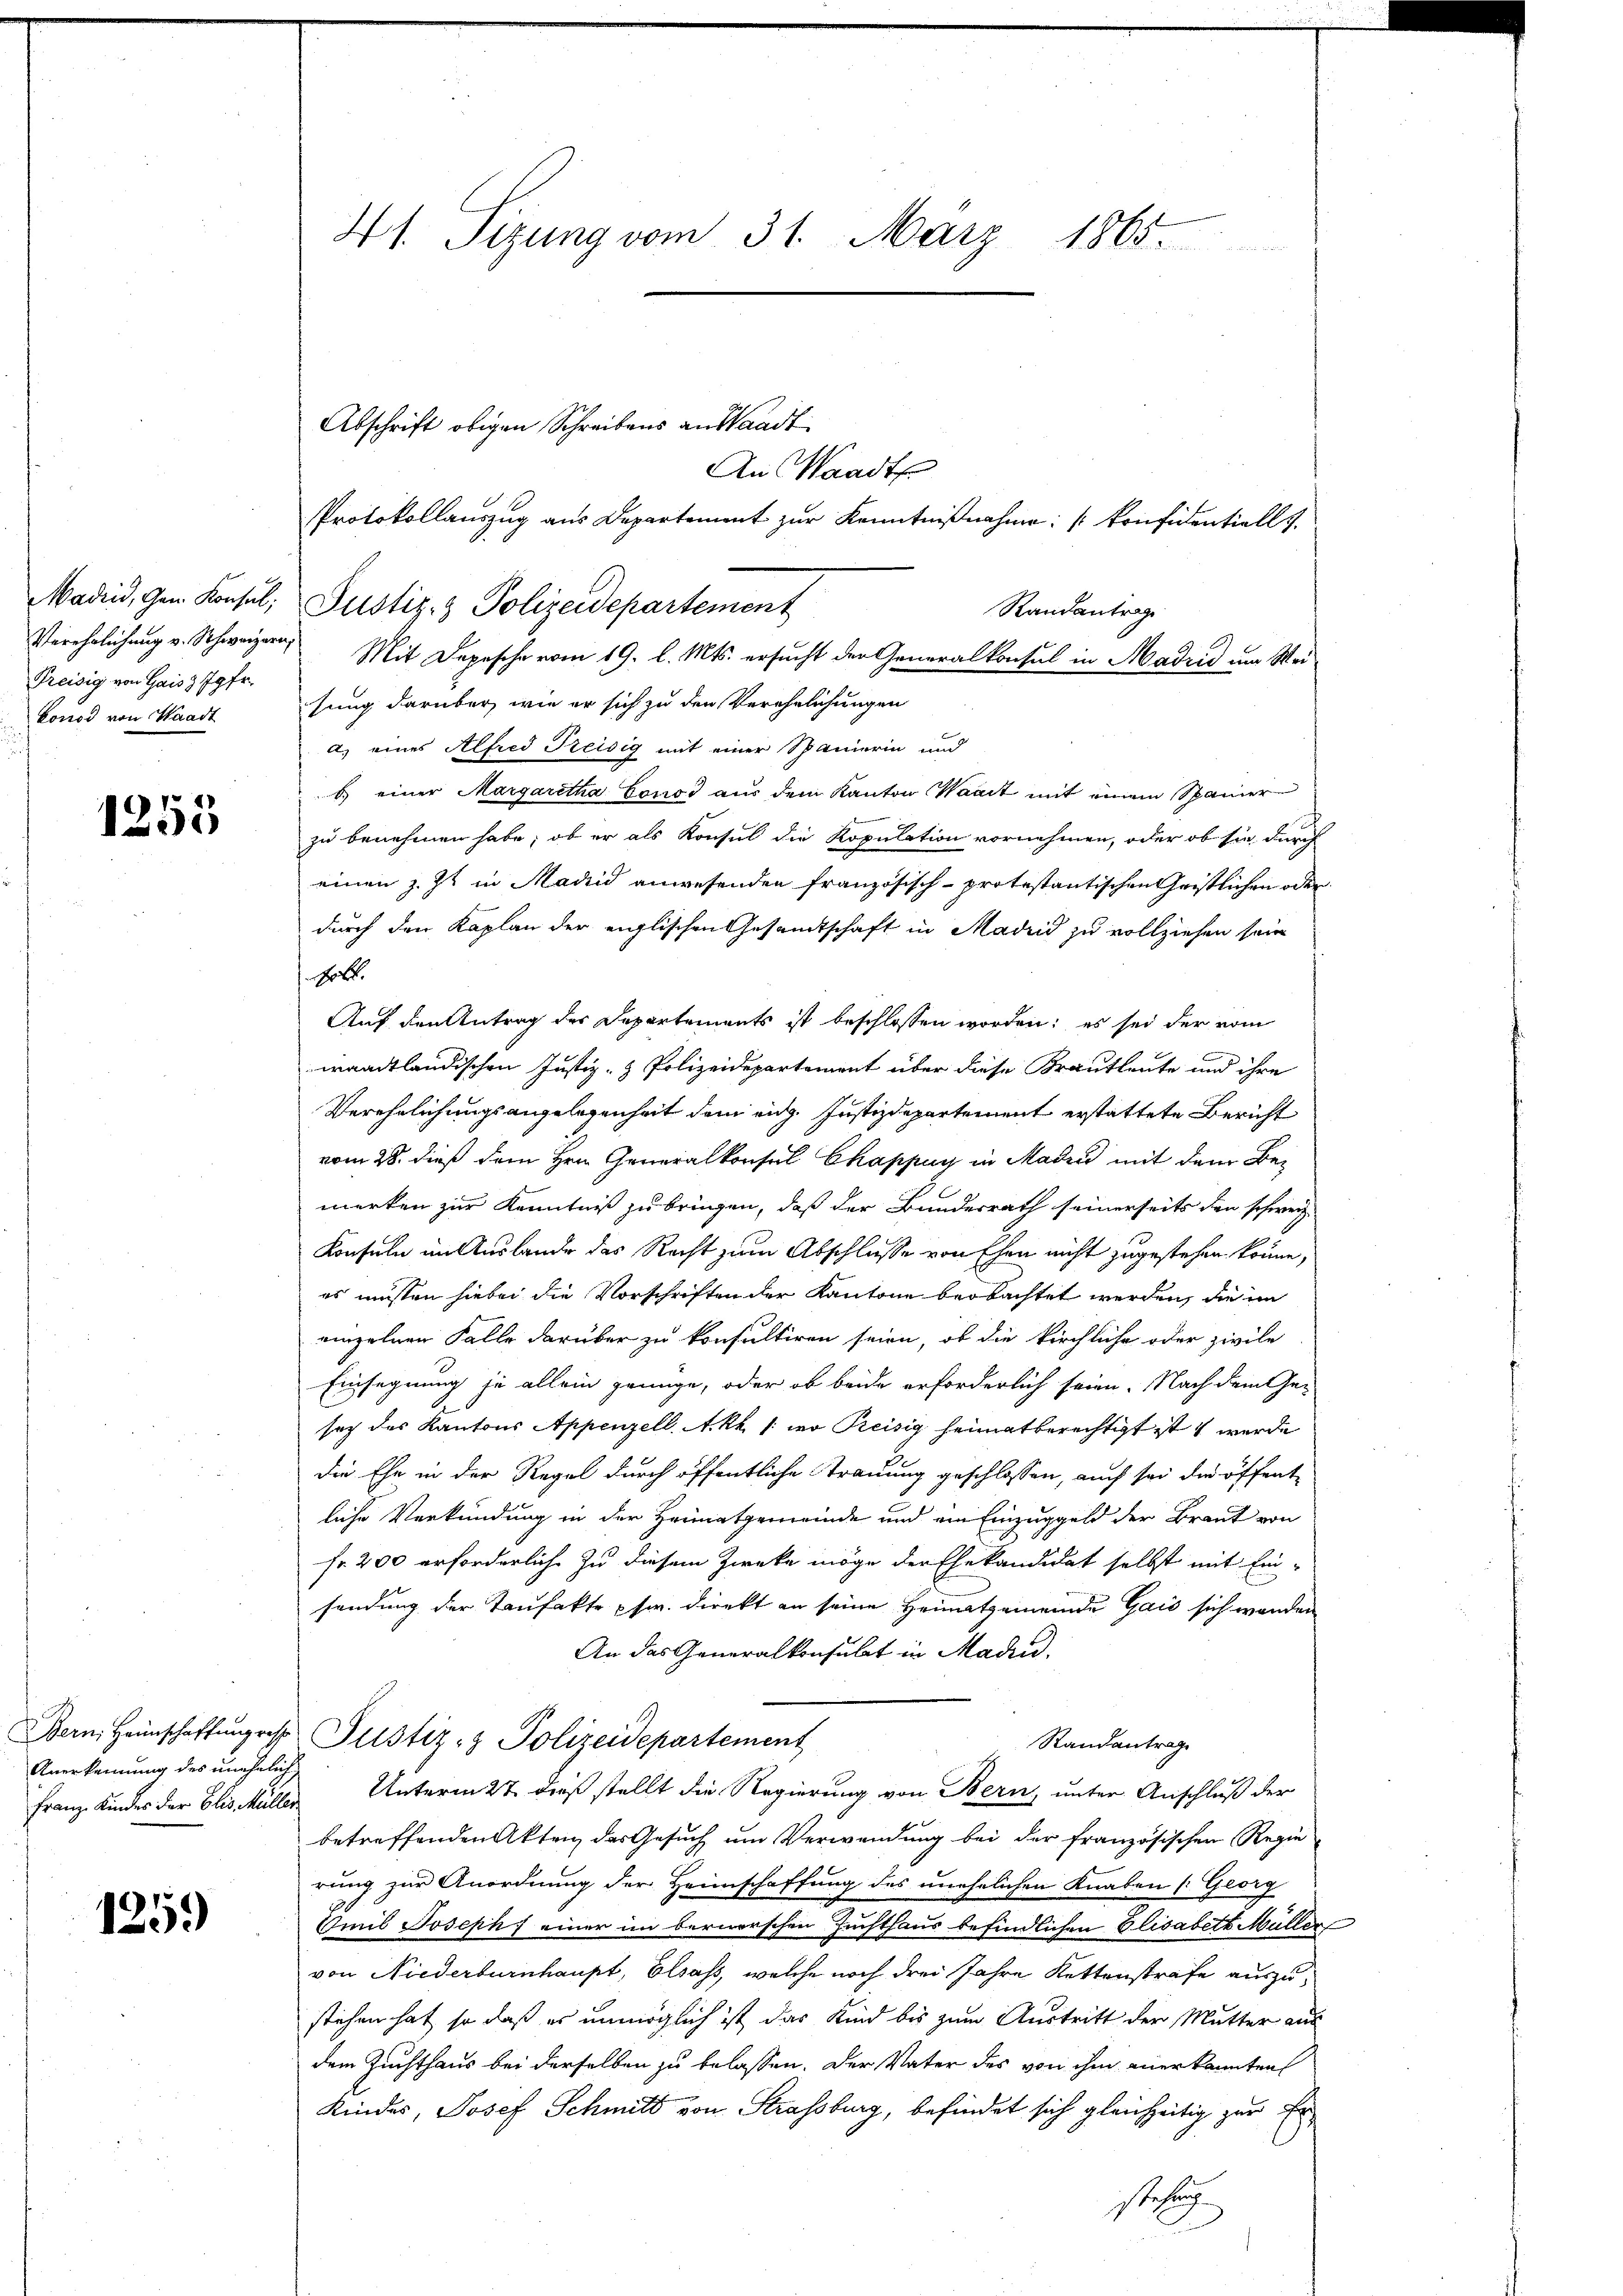
Madrid, Gen. Konsul,
Verehrlichung v. Schweizern,
Preisig von Gaisz Jgfr.
konod von Waadt

1253

Anerkennung des unehelich

1259)

41. Sizung vom 31. März 1865.

Abschrift obigen Schreibens an Waadt
An Waadt
Randantrag
sung darüber, wie er sich zu den Verehelichungen
a) eines Alfred Preisig mit einer Spanierin und
b.) einer Margaretha Gruss aus dem Kanton Waadt mit einem Spanier
zu benehmen habe, ob er als Konsul die Kopulation vornehmen, oder ob sie durch
einen z. Zt. in Madrid anwesenden französisch-protestantischen Geistlichen oder
durch den Kaplan der englischen Gesamtschaft in Madrid zu vollziehen sein
hob.
Auf den Antrag des Departements ist beschlossen worden; es sei der vom
waadtländischen Justiz- & Polizeidepartement über diese Krautleute und ihre
Verehelichungsangelegenheit dem eidg. Justizdepartement erstattete Bericht
vom 28. dieß dem Hrn. Generalkonsul Chappuy in Madrid mit dem Bemerken zur Kenntniß zu bringen, daß der Bundesrath seinerseits den schweiz.
Konsuln in Auslande des Recht zum Abschlusse von Ehen nicht zugestehen könne,
es müssen hiebei die Vorschriften der Kantone beobachtet werden, die im
einzelnen Falle darüber zu konsultiren seien, ob die kirchliche oder zivile
Einsegnung je allein genüge, oder ob beide erforderlich seien. Nach dem Ge-
sez des Kantons Appenzell Akk / wo Preisig heimatberechtigt ist werde
die Ehe in der Regel durch öffentliche Strauung geschlossen, auch sei die öffent
liche Verkündung in der Heimatgemeinde und ein Einzuggeld der Braut von
fr. 200 erforderlich zu diesem Zwecke möge der Ehekandidat selbst mit Einsendung der Taufakte fr. direkt an seine Heimatgemeinde Gais sich werden
An das Generalkonsulat in Mad.
Bern. Heimschaffŭng des Justiz- & Polizeidepartement
Randantrag
Franz Kindes der Elis Müller Unterm 27. dieß stellt die Regierung von Bern, unter Anschluß der
betreffenden Akten des Gesuch um Verwendung bei der französischen Regie
rung zur Anordnung der Heimschaffung des unehelichen Knaben [Georg
Emil Joseph einer im bernerschen Zuchthaus befindlichen Elisabett Müller
von Niederburnhaupt, Elsass, welche noch drei Jahre Kettenstrafe auszustehen hat, so daß es unmöglich ist das Kind bis zum Austritt der Mutter aus
dem Zuchthaus bei derselben zu belassen. Der Vater des von ihm anerkannten
Kindes, Josef Schmitt von Strassburg, befindet sich gleichzeitig zur Erstehung

Protokollauszug aus Departement zur Kenntnißnahme: konfidentiell
Justiz- & Polizeidepartement
Mit Depesche vom 19. l. Mts. ersucht der Generalkonsul in Madrid um Wei¬